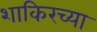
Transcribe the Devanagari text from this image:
शाकिरच्या